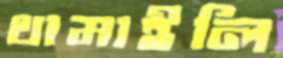
থামাইলি